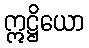
ဣဋ္ဌိယော